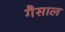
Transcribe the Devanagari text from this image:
गैसाल